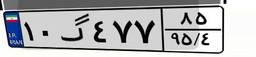
۳۱گ۸۳۷۷۴